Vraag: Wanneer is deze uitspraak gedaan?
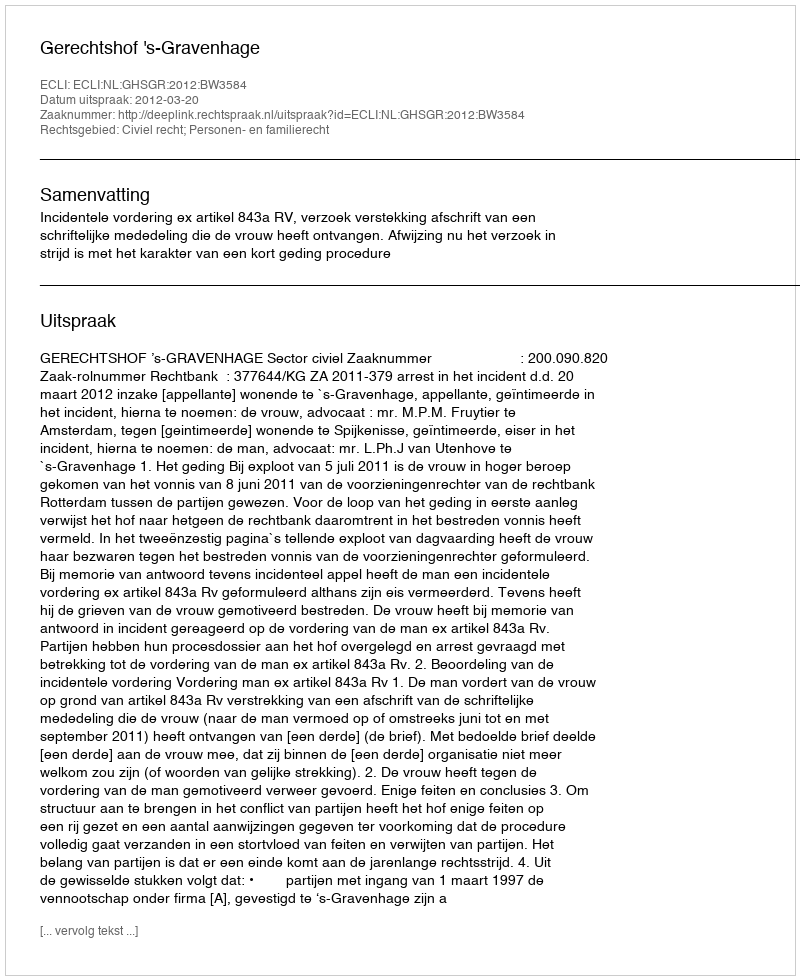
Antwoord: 2012-03-20